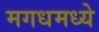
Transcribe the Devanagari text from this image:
मगधमध्ये